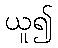
ယူ၍